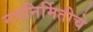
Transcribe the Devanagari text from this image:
नवनिर्मितीचे